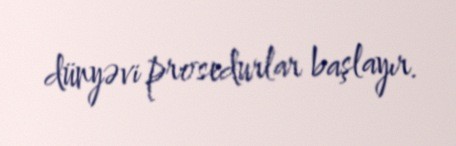
dünyəvi prosedurlar başlayır.